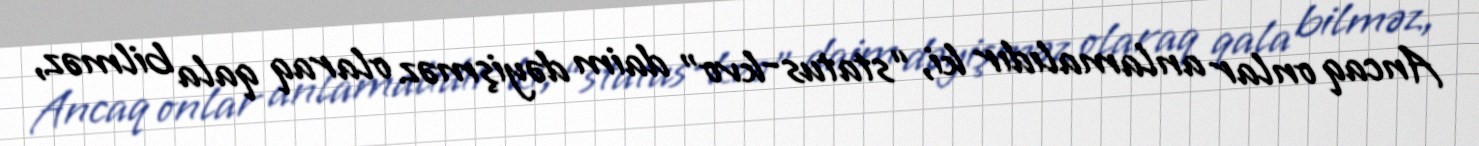
Ancaq onlar anlamalıdır ki, “status-kvo” daim dəyişməz olaraq qala bilməz,